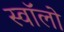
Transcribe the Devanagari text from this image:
स्वॉलो